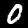
Digit: 0